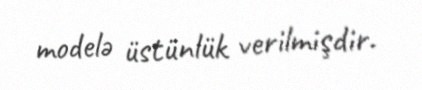
modelə üstünlük verilmişdir.